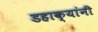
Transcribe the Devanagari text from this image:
डहाक्यांनी